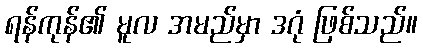
ရန်ကုန်၏ မူလ အမည်မှာ ဒဂုံ ဖြစ်သည်။